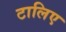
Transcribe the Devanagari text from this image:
टालिए